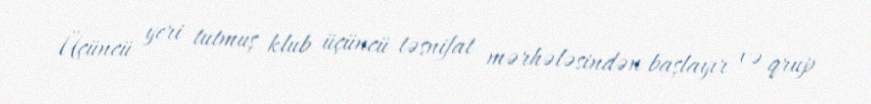
Üçüncü yeri tutmuş klub üçüncü təsnifat mərhələsindən başlayır və qrup